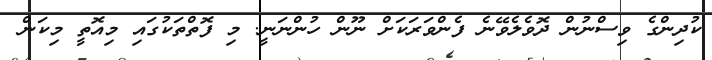
ކުދިންގެ ވިސްނުން ދޮވެލެވޭނެ ފެންވަރަކަށް ނޫން ހުންނަނީ. މި ފޮތްތަކުގައި މިއޮތީ މިކަން